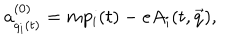
LaTeX: a _ { q _ { i } ( t ) } ^ { ( 0 ) } = m p _ { i } ( t ) - e A _ { i } ( t , \vec { q } ) ,